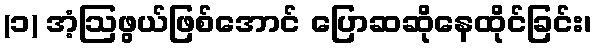
(၁) အံ့ဩဖွယ်ဖြစ်အောင် ပြောဆဆိုနေထိုင်ခြင်း၊